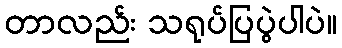
တာလည်း သရုပ်ပြပွဲပါပဲ။